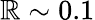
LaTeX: \mathbb{R}\sim0.1